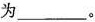
为___。